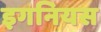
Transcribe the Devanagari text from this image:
इगनियस